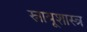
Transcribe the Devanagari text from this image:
स्नायूशास्त्र